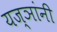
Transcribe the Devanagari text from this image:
यज्ञांनी